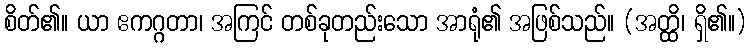
စိတ်၏။ ယာ ဧကဂ္ဂတာ၊ အကြင် တစ်ခုတည်းသော အာရုံ၏ အဖြစ်သည်။ (အတ္ထိ၊ ရှိ၏။)